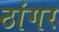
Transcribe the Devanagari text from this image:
ठांगर